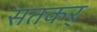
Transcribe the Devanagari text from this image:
सतकर्